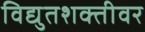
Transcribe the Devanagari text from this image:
विद्युतशक्तीवर